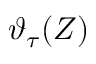
\vartheta _ { \tau } ( Z )